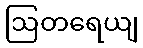
ဩတရေယျ